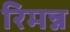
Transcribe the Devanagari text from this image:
रिमन्न